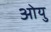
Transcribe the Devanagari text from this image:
ओयु